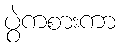
ပွဲကစားကာ